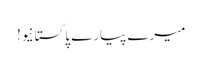
میرے پیارے پاکستانیو!